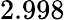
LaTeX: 2.998